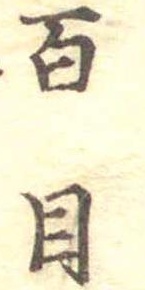
百目